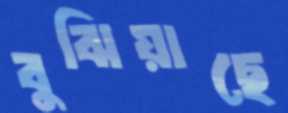
বুঝিয়াছে